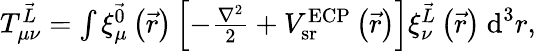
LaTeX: \begin{array}{r}{T_{\mu\nu}^{\vec{L}}=\int\xi_{\mu}^{\vec{0}}\left(\vec{r}\right)\left[-\frac{\nabla^{2}}{2}+V_{\textrm{sr}}^{\textrm{ECP}}\left(\vec{r}\right)\right]\xi_{\nu}^{\vec{L}}\left(\vec{r}\right)~\textrm{d}^{3}r,}\end{array}